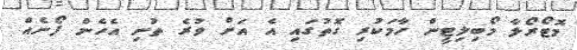
މޮޓޯރޯލާ މޯބިލިޓީން ހާމަކުރި ގޮތުގައި އެ އަށް ވުރެ ތުނި އެހެން ފޯނެއް